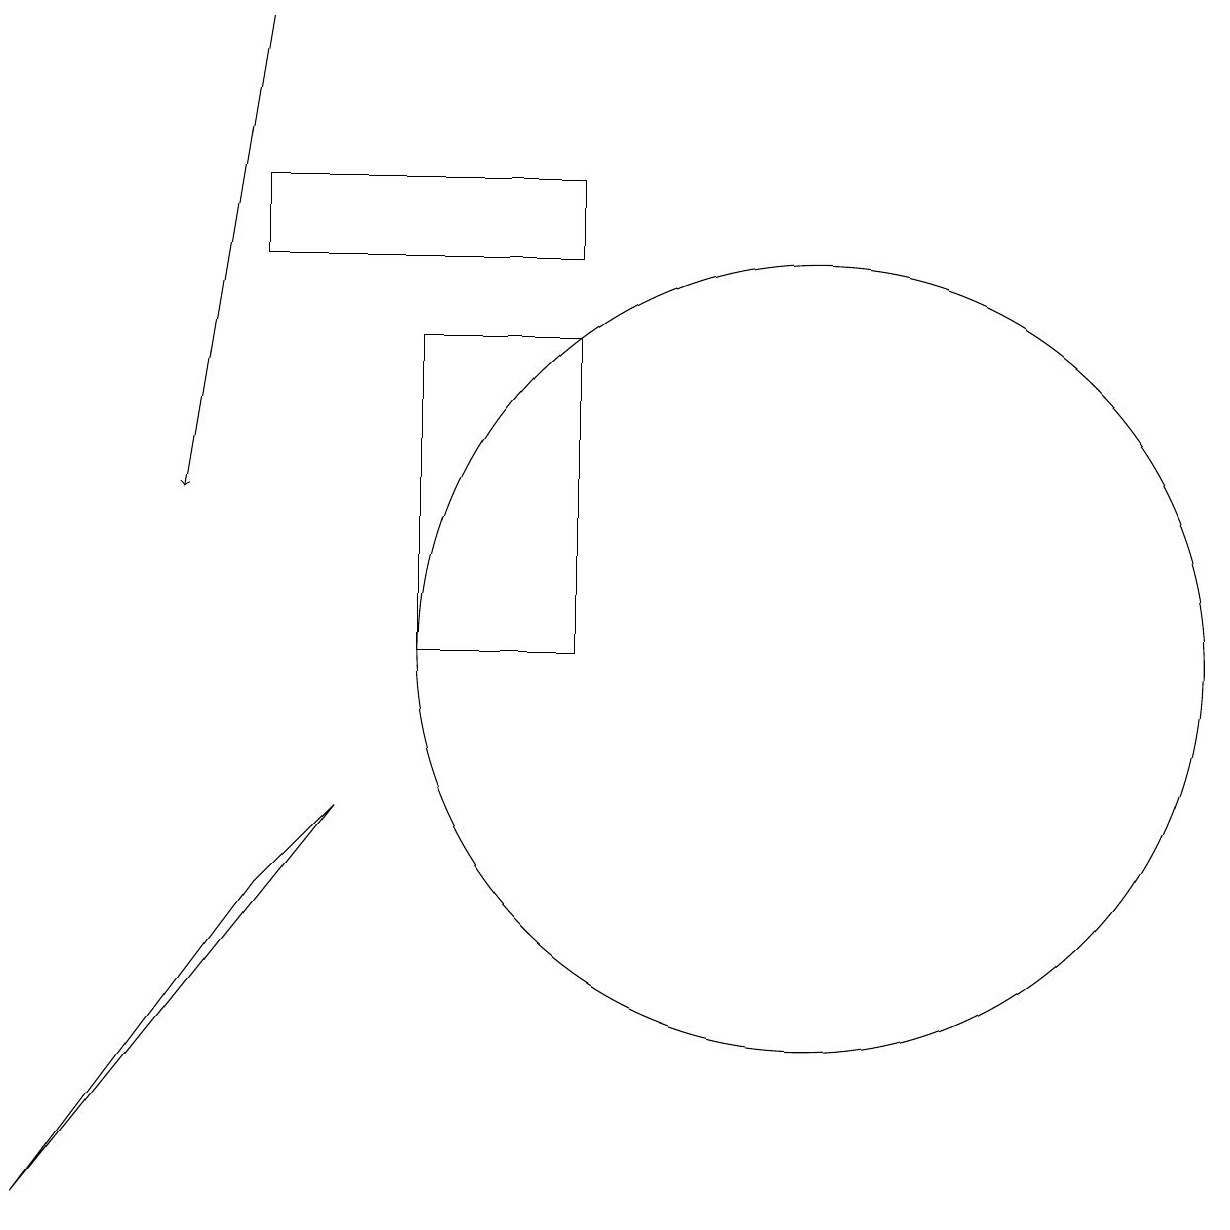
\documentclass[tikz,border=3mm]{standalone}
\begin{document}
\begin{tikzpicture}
\draw[->] (5,19) -- (4,13);
\draw (12,11) circle (5);
\draw (6,9) -- (2,4) -- (5,8) -- cycle;
\draw (5,17) rectangle (9,16);
\draw (7,11) rectangle (9,15);
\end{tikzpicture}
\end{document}